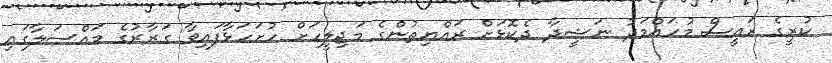
ކުރީގެ ރައީސް މުހައްމަދު ނަޝީދާ ދެކޮޅަށް ރައްޔިތުންގެ މަޖިލީހަށް ހުށަހަޅާފައިވާ ގަރާރުގެ މައްސަލާގައި